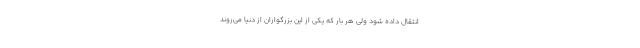
انتقال داده شود ولی هر بار که یکی از این بزرگواران از دنیا می‌روند